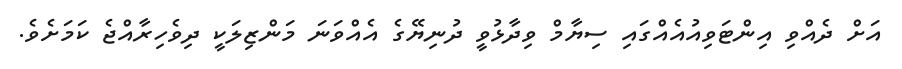
އަށް ދެއްވި އިންޓަވިއުއެއްގައި ސިޔާމް ވިދާޅުވީ ދުނިޔޭގެ އެއްވަނަ މަންޒިލަކީ ދިވެހިރާއްޖެ ކަމަށެވެ.